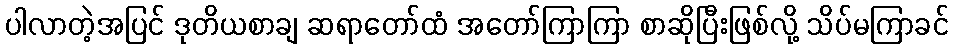
ပါလာတဲ့အပြင် ဒုတိယစာချ ဆရာတော်ထံ အတော်ကြာကြာ စာဆိုပြီးဖြစ်လို့ သိပ်မကြာခင်